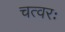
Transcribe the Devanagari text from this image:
चत्वरः